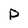
Character: P